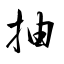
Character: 抽